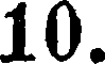
10.